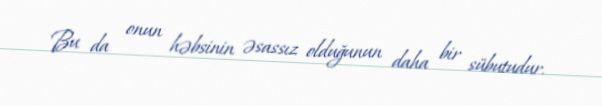
Bu da onun həbsinin əsassız olduğunun daha bir sübutudur.